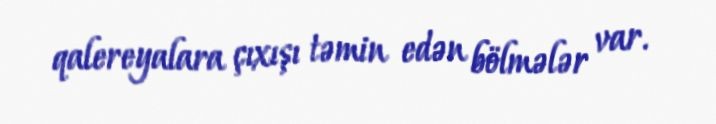
qalereyalara çıxışı təmin edən bölmələr var.